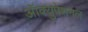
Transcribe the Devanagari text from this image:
ऑक्युपेशनल